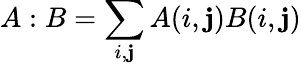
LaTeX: A:B=\sum_{i,\mathbf{j}}A(i,\mathbf{j})B(i,\mathbf{j})